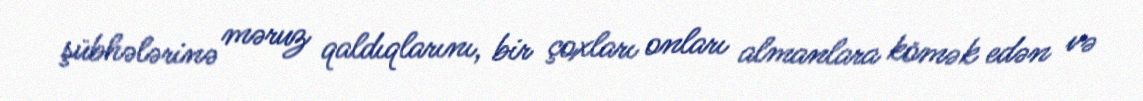
şübhələrinə məruz qaldıqlarını, bir çoxları onları almanlara kömək edən və